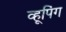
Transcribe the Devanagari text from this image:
व्हूपिंग